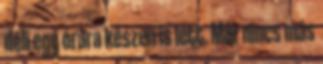
déli egy órára készen is lett. Már nincs más